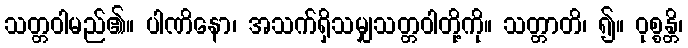
သတ္တဝါမည်၏။ ပါဏိနော၊ အသက်ရှိသမျှသတ္တဝါတို့ကို။ သတ္တာတိ၊ ၍။ ဝုစ္စန္တိ၊